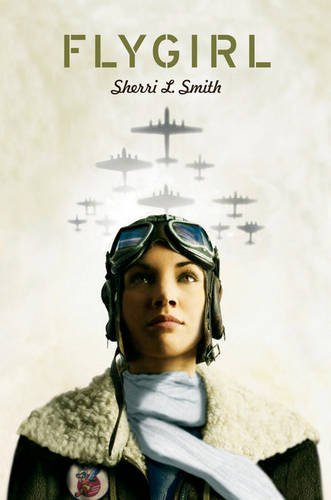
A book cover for Flygirl; Sherri L. Smith; Teen & Young Adult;